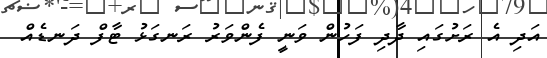
އަދި އެ ރަށުގައި ދާދި ފަހުން ވަނީ ފެންވަރު ރަނގަޅު ޓާފް ދަނޑެއް